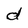
Character: d